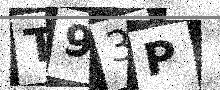
Text: T93P